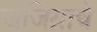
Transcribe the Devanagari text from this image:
जंजिय्राचे